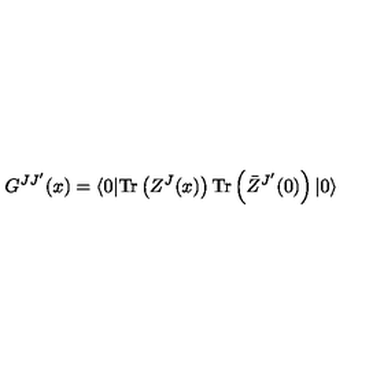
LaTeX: G ^ { J J ^ { \prime } } ( x ) = \langle 0 | \mathrm { T r } \left( Z ^ { J } ( x ) \right) \mathrm { T r } \left( \bar { Z } ^ { J ^ { \prime } } ( 0 ) \right) | 0 \rangle